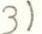
3)